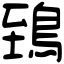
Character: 鵄